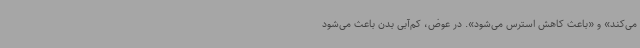
می‌کند» و «باعث کاهش استرس می‌شود». در عوض، کم‌آبی بدن باعث می‌شود